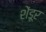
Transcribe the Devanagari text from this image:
शेंडूर